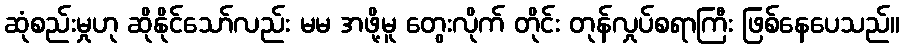
ဆုံစည်းမှုဟု ဆိုနိုင်သော်လည်း မမ အဖို့မူ တွေးလိုက် တိုင်း တုန်လှုပ်စရာကြီး ဖြစ်နေပေသည်။